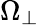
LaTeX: \Omega_{\perp}